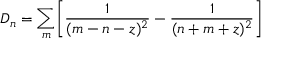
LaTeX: D _ { n } = \sum _ { m } \Biggl [ { \frac { 1 } { ( m - n - z ) ^ { 2 } } } - { \frac { 1 } { ( n + m + z ) ^ { 2 } } } \Biggr ]